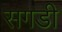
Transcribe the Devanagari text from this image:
सगडी